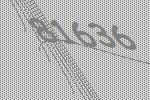
81636